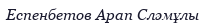
Еспенбетов Арап Сләмұлы